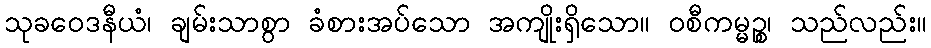
သုခဝေဒနီယံ၊ ချမ်းသာစွာ ခံစားအပ်သော အကျိုးရှိသော။ ဝစီကမ္မဉ္စ၊ သည်လည်း။